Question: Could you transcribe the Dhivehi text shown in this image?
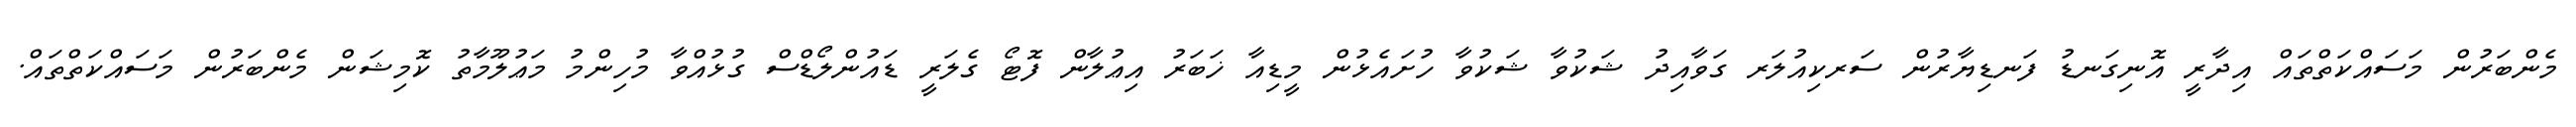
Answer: މެންބަރުން މަސައްކަތްތައް އިދާރީ އޮނިގަނޑު ފަނޑިޔާރުން ސަރކިއުލަރ ގަވާއިދު ޝަކުވާ ޝަކުވާ ހުށައެޅުން މީޑިއާ ޚަބަރު އިޢުލާން ފޮޓޯ ގެލަރީ ޑައުންލޯޑްސް ގުޅުއްވާ މުހިންމު މަޢުލޫމާތު ކޮމިޝަން މެންބަރުން މަސައްކަތްތައް.